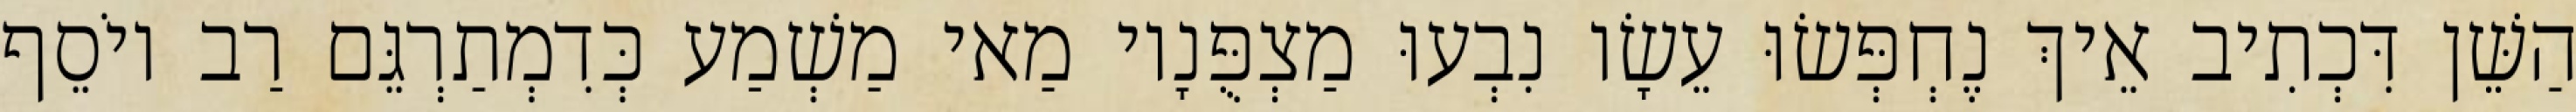
הַשֵּׁן דִּכְתִיב אֵיךְ נֶחְפְּשׂוּ עֵשָׂו נִבְעוּ מַצְפֻּנָיו מַאי מַשְׁמַע כְּדִמְתַרְגֵּם רַב יוֹסֵף